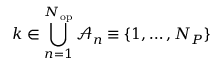
k \in \bigcup _ { n = 1 } ^ { N _ { \mathrm { o p } } } \mathcal { A } _ { n } \equiv \{ 1 , \dots , N _ { P } \}